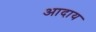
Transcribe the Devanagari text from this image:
आदाय